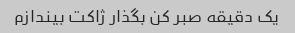
یک دقیقه صبر کن بگذار ژاکت بیندازم